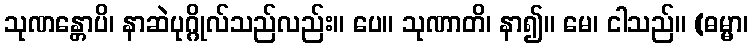
သုဏန္တောပိ၊ နာဆဲပုဂ္ဂိုလ်သည်လည်း။ ပေ။ သုဏာတိ၊ နာ၍။ မေ၊ ငါသည်။ (ဓမ္မာ၊